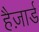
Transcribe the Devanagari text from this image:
हैज़ार्ड